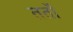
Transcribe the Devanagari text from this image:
ततो॑